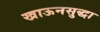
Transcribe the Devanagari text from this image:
खाऊनसुद्धा